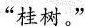
“桂树。”